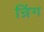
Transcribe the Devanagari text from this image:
न्रिंग